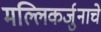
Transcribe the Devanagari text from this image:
मल्लिकर्जुनाचे